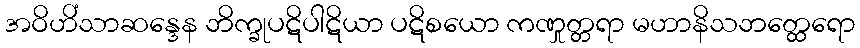
အဝိဟိံသာဆန္ဒေန ဘိက္ခုပဋိပါဋိယာ ပဋိစယော ကဏှုတ္တရာ မဟာနိသဘတ္ထေရော